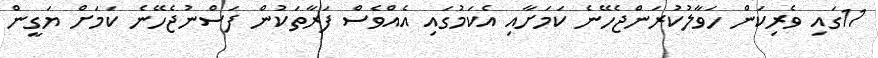
11ގައި ވެރިކަން ހަވާލުކުރަންޖެހޭނެ ކަމަށާއި އެކަމުގައި އެއްވެސް ފަރާތަކުން ފަސްނުޖެހޭނެ ކަމަށް ޔަގީން